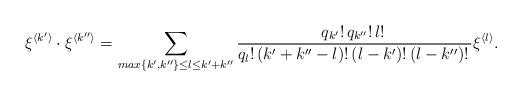
LaTeX: \begin{gather*}\xi^{\langle k' \rangle}\cdot \xi^{\langle k'' \rangle}=\sum_{ max\{k',k''\}\leq l\leq k'+k''}\frac{q_{k'}!\,q_{k''}!\,l!\,}{q_l!\,(k'+k''-l)!\,(l-k')!\,(l-k'')!\,}\xi^{\langle l\rangle}.\\\end{gather*}